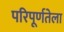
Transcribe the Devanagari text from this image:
परिपूर्णतेला